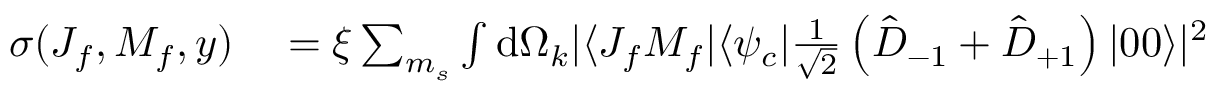
\begin{array} { r l } { \sigma ( J _ { f } , M _ { f } , y ) } & { { } = \xi \sum _ { m _ { s } } \int \mathrm { d } \Omega _ { k } | \langle J _ { f } M _ { f } | \langle \psi _ { c } | \frac { 1 } { \sqrt { 2 } } \left( \hat { D } _ { - 1 } + \hat { D } _ { + 1 } \right) | 0 0 \rangle | ^ { 2 } } \end{array}